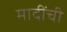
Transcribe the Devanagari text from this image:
मादींची